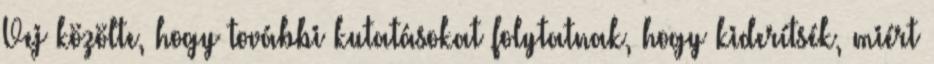
Vej közölte, hogy további kutatásokat folytatnak, hogy kiderítsék, miért